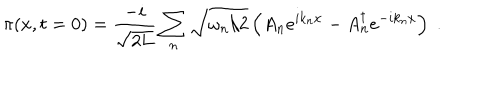
LaTeX: \pi ( x , t = 0 ) = \frac { - i } { \sqrt { 2 L } } \sum _ { n } \sqrt { \omega _ { n } / 2 } \left( A _ { n } e ^ { i k _ { n } x } - A _ { n } ^ { \dagger } e ^ { - i k _ { n } x } \right) \; .